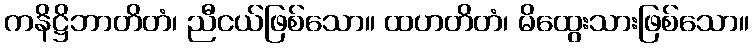
ကနိဋ္ဌိဘာတိတံ၊ ညီငယ်ဖြစ်သော။ ထဟတိတံ၊ မိထွေးသားဖြစ်သော။